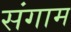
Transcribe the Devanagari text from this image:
संगाम